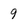
Character: 9